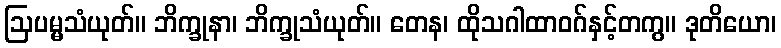
ဩပမ္မသံယုတ်။ ဘိက္ခုနာ၊ ဘိက္ခုသံယုတ်။ တေန၊ ထိုသဂါထာဝဂ်နှင့်တကွ။ ဒုတိယော၊